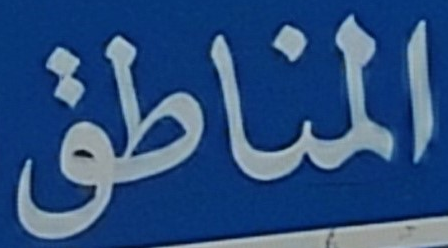
المناطق